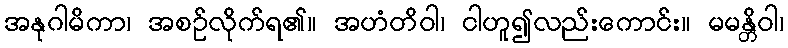
အနုဂါမိကာ၊ အစဉ်လိုက်ရ၏။ အဟံတိဝါ၊ ငါဟူ၍လည်းကောင်း။ မမန္တိဝါ၊